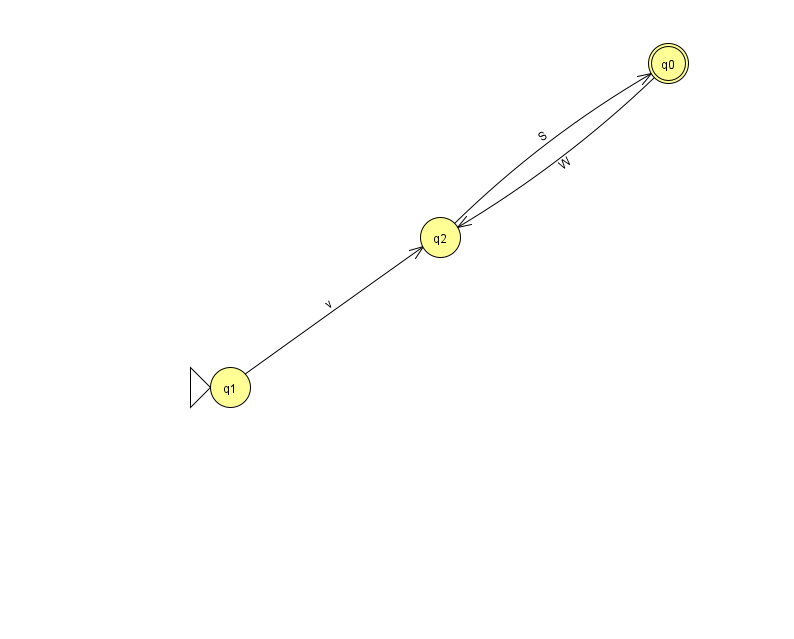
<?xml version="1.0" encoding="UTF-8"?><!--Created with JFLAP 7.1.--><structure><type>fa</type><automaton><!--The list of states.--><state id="0" name="q0"><x>668.0</x><y>50.0</y><final/></state><state id="1" name="q1"><x>230.0</x><y>374.0</y><initial/></state><state id="2" name="q2"><x>440.0</x><y>224.0</y></state><!--The list of transitions.--><transition><from>1</from><to>2</to><read>v</read></transition><transition><from>0</from><to>2</to><read>W</read></transition><transition><from>2</from><to>0</to><read>S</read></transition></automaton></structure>